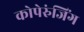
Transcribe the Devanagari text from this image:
कोपेरुंजिंग